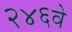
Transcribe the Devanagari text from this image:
२४६वे